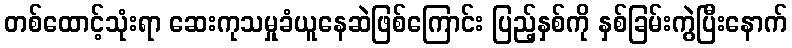
တစ်ထောင့်သုံးရာ ဆေးကုသမှုခံယူနေဆဲဖြစ်ကြောင်း ပြည့်နှစ်ကို နှစ်ခြမ်းကွဲပြီးနောက်